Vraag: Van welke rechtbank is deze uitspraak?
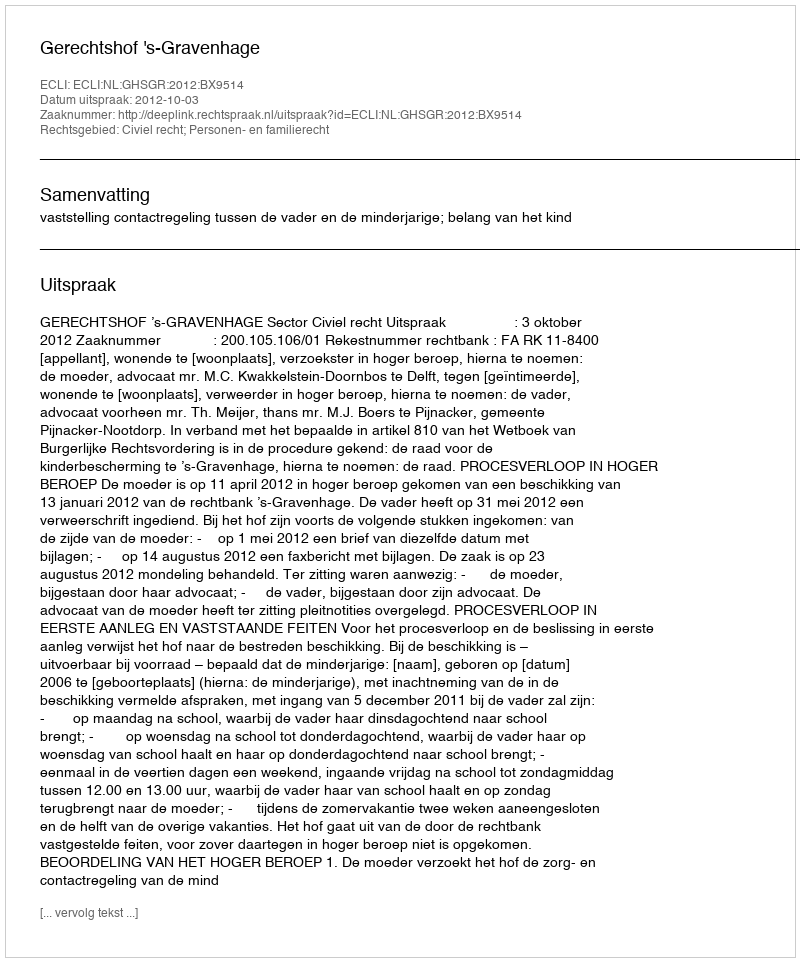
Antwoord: Gerechtshof 's-Gravenhage